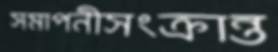
সমাপনীসংক্রান্ত